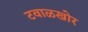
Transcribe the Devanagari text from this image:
टवाळखोर